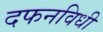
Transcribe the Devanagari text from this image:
दफनविधी